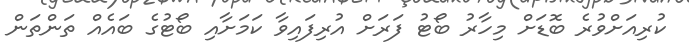
ކުރިއަށްވުރެ ބޮޑަށް މިހާރު ބޯޓު ފަރަށް އުރިފައިވާ ކަމަށާއި ބޯޓުގެ ބައެއް ތަންތަން